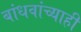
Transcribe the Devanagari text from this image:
बांधवांच्याही